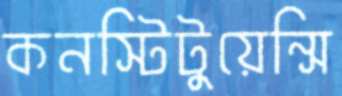
কনস্টিটুয়েন্সি